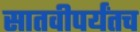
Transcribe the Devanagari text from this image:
सातवीपर्यंतच